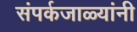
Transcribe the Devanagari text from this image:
संपर्कजाळ्यांनी